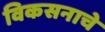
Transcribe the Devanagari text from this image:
विकसनाचे